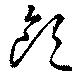
飲